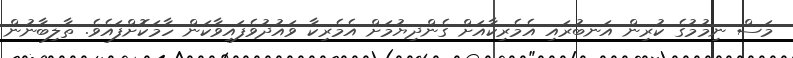
މަސް ނިމުމުގެ ކުރިން އަނބުރައި އެމެރިކާއަށް ގެންދިޔުމަށް އެމެރިކާ ވައުދުވެފައިވާކަން ހާމަކޮށްފައެވެ. ތާލިބާނުން